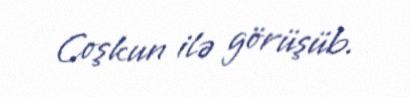
Coşkun ilə görüşüb.